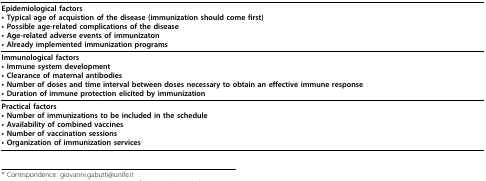
<table><thead><tr><td><b>Epidemiological factors• Typical age of acquistion of the disease (immunization should come first)• Possible age-related complications of the disease• Age-related adverse events of immunizaton• Already implemented immunization programs</b></td></tr></thead><tbody><tr><td><b>Immunological factors</b>• Immune system development• Clearance of maternal antibodies• Number of doses and time interval between doses necessary to obtain an effective immune response• Duration of immune protection elicited by immunization</td></tr><tr><td><b>Practical factors</b>• Number of immunizations to be included in the schedule• Availability of combined vaccines• Number of vaccination sessions• Organization of immunization services</td></tr></tbody></table>